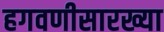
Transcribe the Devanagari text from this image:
हगवणीसारख्या